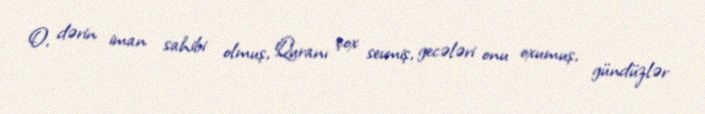
O, dərin iman sahibi olmuş, Quranı çox sevmiş, gecələri onu oxumuş, gündüzlər